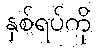
နှစ်ရပ်ကို